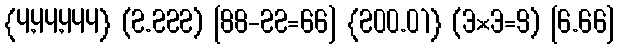
{4,44,444} (2.222) [88-22=66] {200.01} (3×3=9) [6.66]